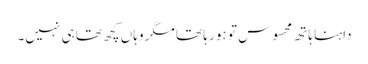
داہنا ہاتھ محسوس تو ہو رہا تھا مگر وہاں کچھ تھا ہی نہیں۔